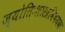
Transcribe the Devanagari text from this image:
ज्योतिःशास्त्रविषयक